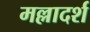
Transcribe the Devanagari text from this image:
मल्लादर्श